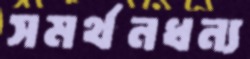
সমর্থনধন্য